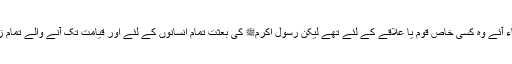
اس سے پہلے جو انبیاء آئے وہ کسی خاص قوم یا علاقے کے لئے تھے لیکن رسول اکرمﷺ کی بعثت تمام انسانوں کے لئے اور قیامت تک آنے والے تمام زمانوں کے لئے ہوئی۔